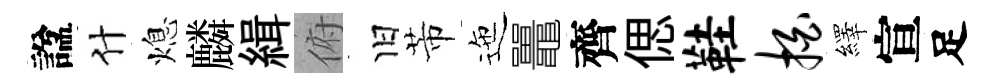
諡什熄麟緝俯旧芾迤鼉齊偲鞋拍繹宣足